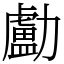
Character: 㔧